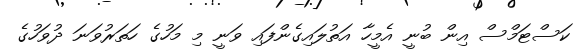
ކަސްޓަމްސް އިން ބުނީ އެމީހާ އަތުލައިގެންފައި ވަނީ މި މަހުގެ ހަތަރުވަނަ ދުވަހުގެ